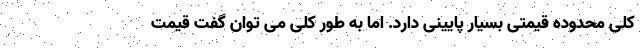
کلی محدوده قیمتی بسیار پایینی دارد. اما به طور کلی می توان گفت قیمت